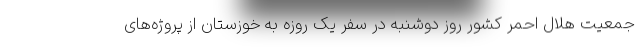
جمعیت هلال احمر کشور روز دوشنبه در سفر یک روزه به خوزستان از پروژه‌های